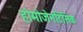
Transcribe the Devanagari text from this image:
होमोजेनटिसिक